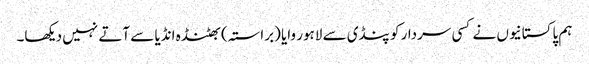
ہم پاکستانیوں نے کسی سردار کو پنڈی سے لاہور وایا (براستہ) بھٹنڈہ انڈیا سے آتے نہیں دیکھا۔